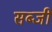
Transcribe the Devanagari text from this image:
सब्‍जी